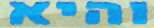
והיא